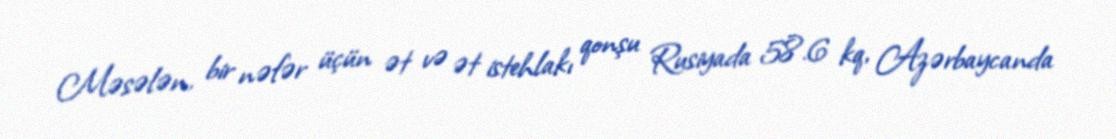
Məsələn, bir nəfər üçün ət və ət istehlakı qonşu Rusiyada 58.6 kq, Azərbaycanda